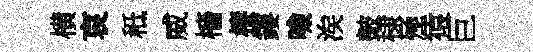
横哀秪威檣棲鏤噞涘皷棣殛猿巨